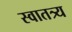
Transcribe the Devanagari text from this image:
स्वातत्र्य